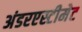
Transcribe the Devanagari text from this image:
अंडरएस्टीमेट